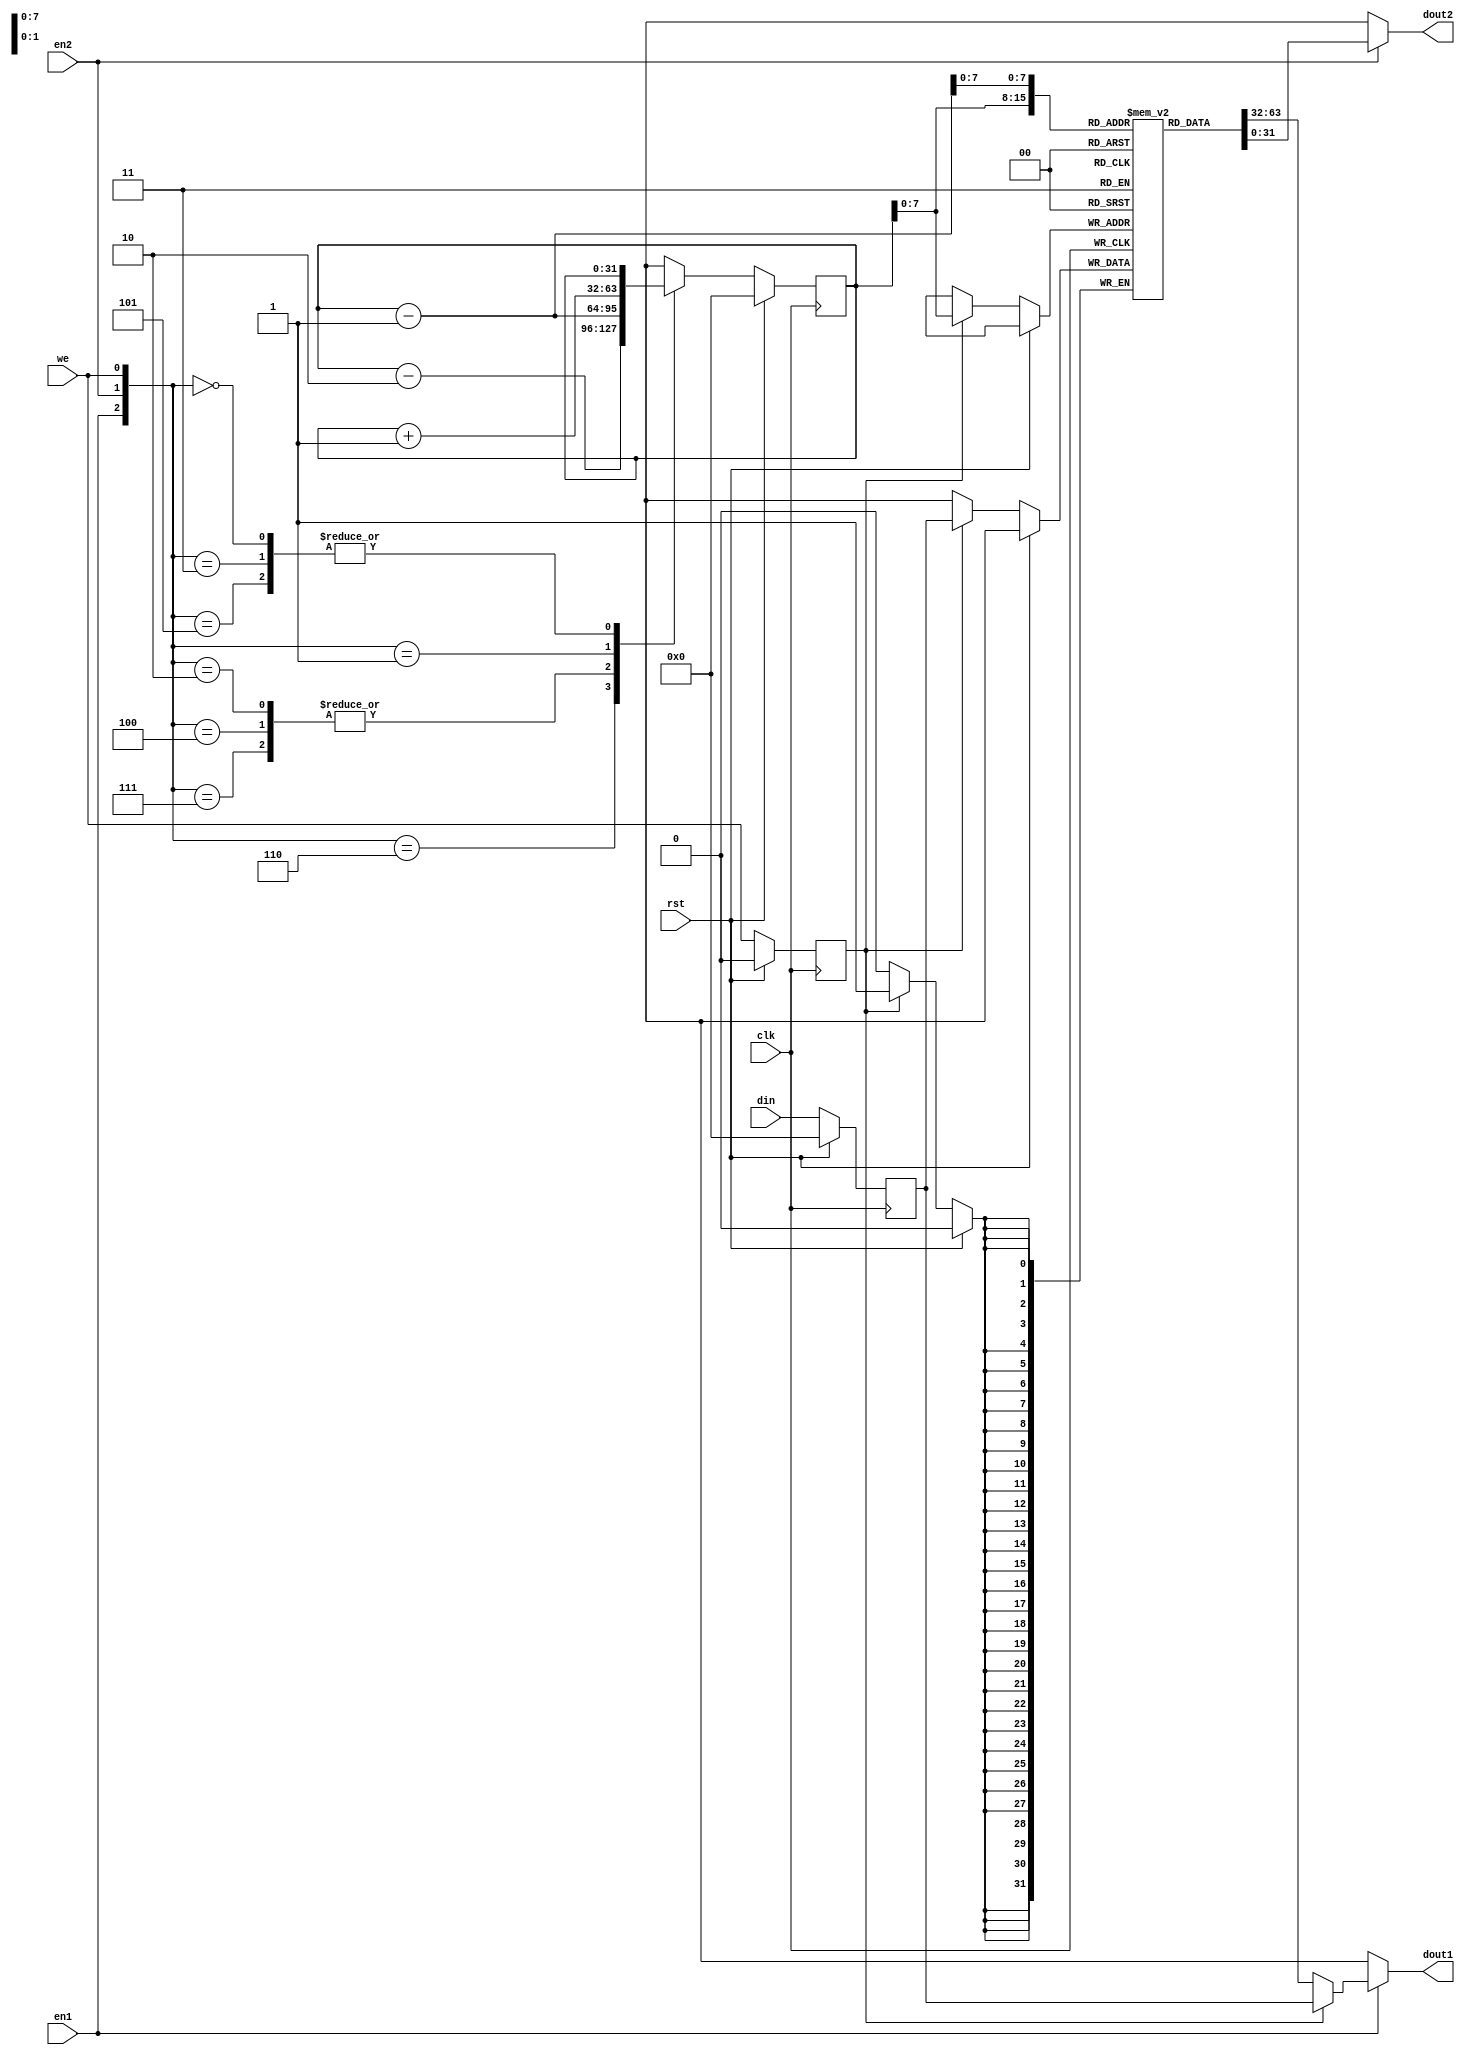
`timescale 1ns / 1ps


module reg_file(
                clk,
                rst,
                en1,
                en2,
                we,
                din,
                dout1,
                dout2);

parameter DBITS = 32;   // If you want to make 16 bit registers, set DBITS = 16;
parameter ABITS = 32;
parameter WORDS = (1<<(ABITS-24));

reg [(DBITS-1):0] push_buffer;
reg prev_we;
reg [(DBITS-1):0] stack [0:(WORDS-1)];
reg [(ABITS-1):0] sp; // stack pointer

input clk, rst, en1, en2, we;
input [(DBITS-1):0] din;
output wire [(DBITS-1):0] dout1;
output wire [(DBITS-1):0] dout2;

assign dout1 = (en1==1) ? ((prev_we==1 ) ? push_buffer : stack[sp] ): 32'hxxxxxxxx;
assign dout2 = (en2==1) ? stack[sp-1] : 32'hxxxxxxxx;

always @(posedge clk) begin
    if (rst==1) begin
        sp <= 32'h0;
        prev_we <= 0;
        push_buffer <= 32'h0;
    end
    else begin
        prev_we <= we;
        push_buffer <= din;
        if (prev_we==1)
            stack[sp] <= push_buffer;
        case({en1, en2, we})
            3'b111: sp <= sp-1;
            3'b110: sp <= sp-2;
            3'b101: sp <= sp;
            3'b100: sp <= sp-1;
            3'b011: sp <= sp;
            3'b010: sp <= sp-1;
            3'b001: sp <= sp+1;
            3'b000: sp <= sp;
            default : sp <= sp;
        endcase
    end
end

endmodule